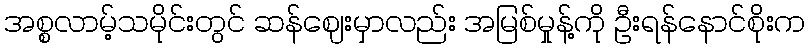
အစ္စလာမ့်သမိုင်းတွင် ဆန်ဈေးမှာလည်း အမြစ်မှုန့်ကို ဦးရန်နောင်စိုးက